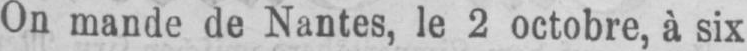
On mande de Nantes, le 2 octobre, à six